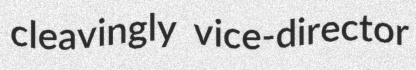
cleavingly vice-director